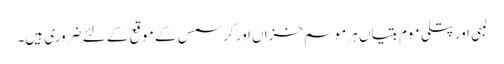
لمبی اور پتلی موم بتیاں ہر موسم خزاں اور کرسمس کے موقع کے لئے ضروری ہیں۔